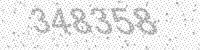
Solution: 348358